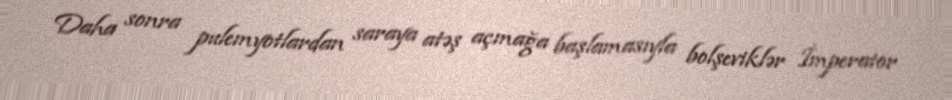
Daha sonra pulemyotlardan saraya atəş açmağa başlamasıyla bolşeviklər İmperator